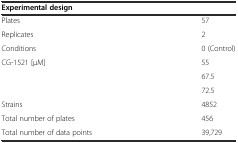
<table><thead><tr><td><b>Experimental design</b></td><td></td></tr></thead><tbody><tr><td>Plates</td><td>57</td></tr><tr><td>Replicates</td><td>2</td></tr><tr><td>Conditions</td><td>0 (Control)</td></tr><tr><td rowspan="3">CG-1521 [μM]</td><td>55</td></tr><tr><td>67.5</td></tr><tr><td>72.5</td></tr><tr><td>Strains</td><td>4852</td></tr><tr><td>Total number of plates</td><td>456</td></tr><tr><td>Total number of data points</td><td>39,729</td></tr></tbody></table>